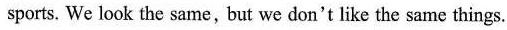
sports. We look the same, but we don't like the same things.